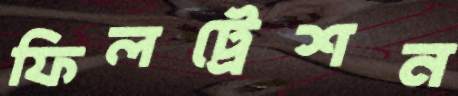
ফিলট্রেশন